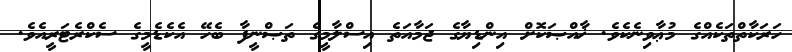
ހަރަކާތްތަކެއްގެ މުޢާވިނެކެވެ. ޚާއްޞަކޮށް އިންޑިޔާގެ ޖަމާއަތެ އިސްލާމީގެ ތަޞްނީފާ ބެހޭ އެކެޑެމީގެ ސެކްރެޓަރީއެވެ.